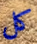
كل